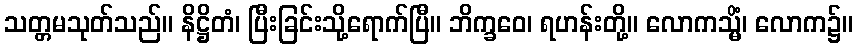
သတ္တမသုတ်သည်။ နိဋ္ဌိတံ၊ ပြီးခြင်းသို့ရောက်ပြီ။ ဘိက္ခဝေ၊ ရဟန်းတို့။ လောကသ္မိံ၊ လောက၌။